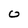
Character: 0